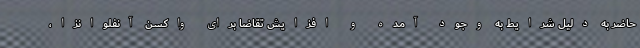
حاضر به دلیل شرایط به وجود آمده و افزایش تقاضا برای واکسن آنفلوانزا،